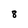
Character: 8